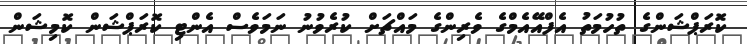
ކޮރަޕްޝަންގެ ތުހުމަތު އެފްއޭއެމްގެ ވެރިންގެ މައްޗަށް ކުރެވުނު ނަމަވެސް އެންޓި ކޮރަޕްޝަން ކޮމިޝަން